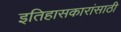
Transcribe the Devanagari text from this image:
इतिहासकारांसाठी